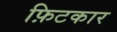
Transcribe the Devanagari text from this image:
फ़िटकार